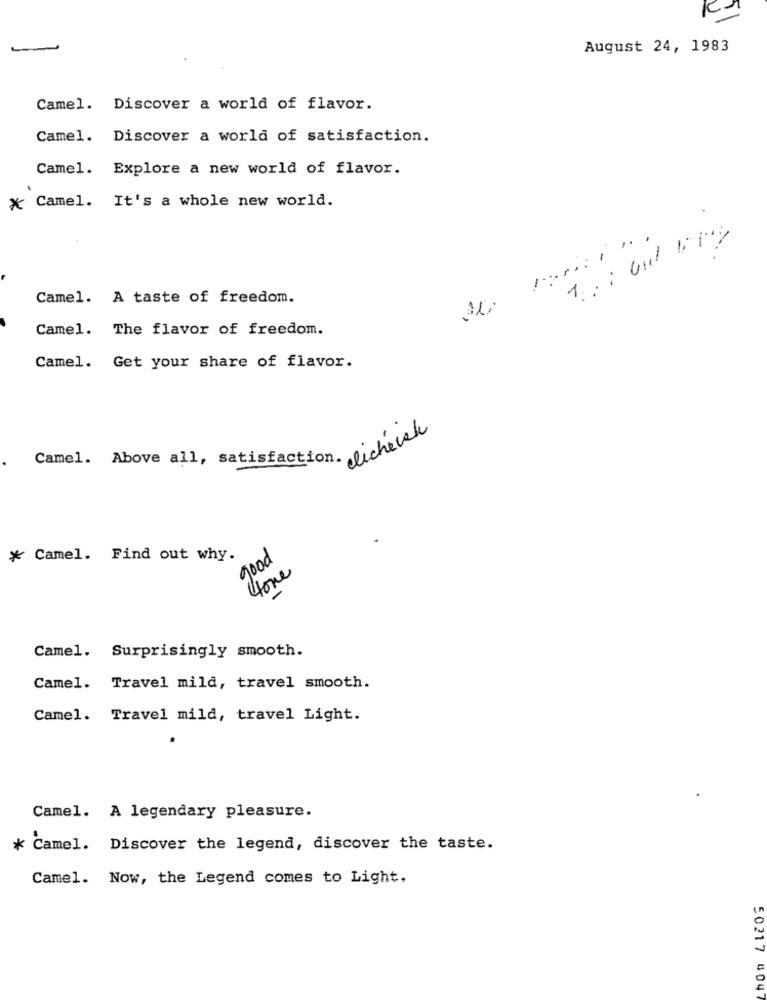
August 24, 1983
Camel. Discover a world of flavor.
Camel. Discover a world of satisfaction.
Camel. Explore a new world of flavor.
* Camel. It's a whole new world.
Camel. A taste of freedom.
Camel. The flavor of freedom.
Camel. Get your share of flavor.
Camel. Above all, satisfaction. eichelel
* Camel. Find out why.
good
4one
Camel. Surprisingly smooth.
Camel. Travel mild, travel smooth.
Camel. Travel mild, travel Light.
Camel. A legendary pleasure.
* Camel. Discover the legend, discover the taste.
Camel. Now, the Legend comes to Light.
50217 4047